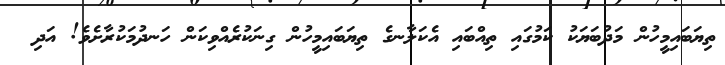
ތިޔަބައިމީހުން މަދުބަޔަކު ކަމުގައި ތިއްބައި އެކަލާނގެ ތިޔަބައިމީހުން ގިނަކުރެއްވިކަން ހަނދުމަކުރާށެވެ! އަދި